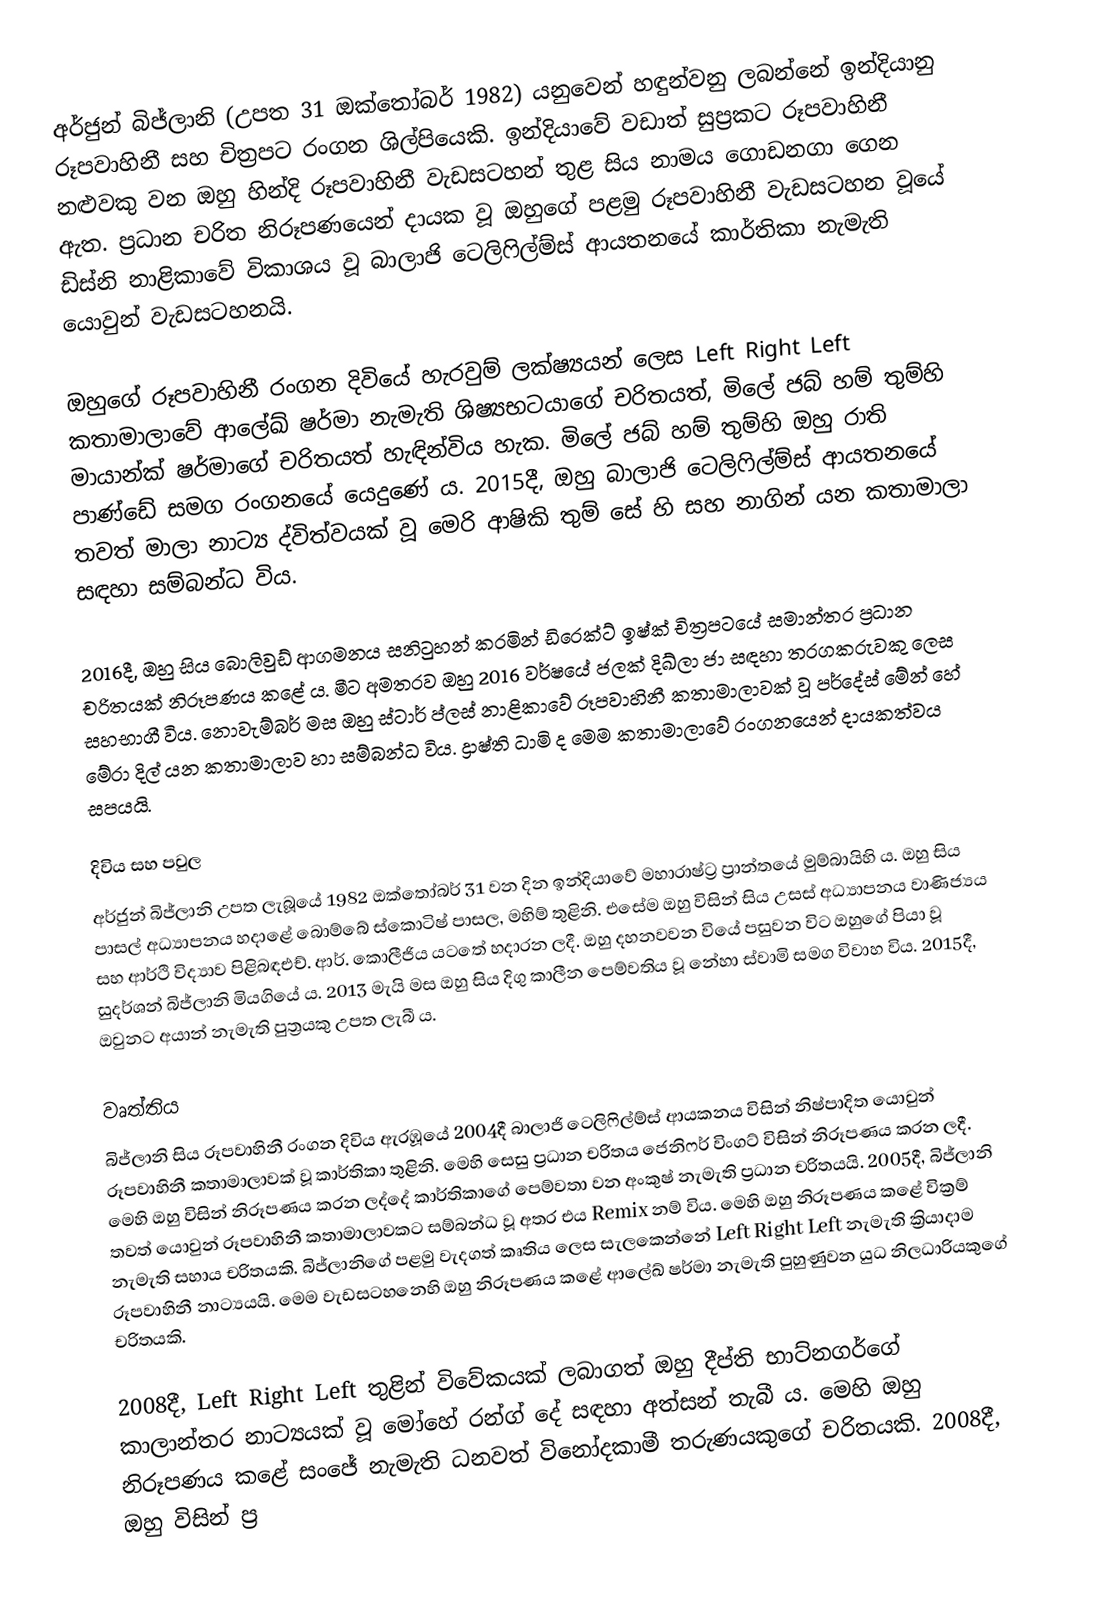
අර්ජුන් බිජ්ලානි (උපත 31 ඔක්තෝබර් 1982) යනුවෙන් හඳුන්වනු ලබන්නේ ඉන්දියානු රූපවාහිනී සහ චිත්‍රපට රංගන ශිල්පියෙකි. ඉන්දියාවේ වඩාත් සුප්‍රකට රූපවාහිනී නළුවකු වන ඔහු හින්දි රූපවාහිනී වැඩසටහන් තුළ සිය නාමය ගොඩනගා ගෙන ඇත. ප්‍රධාන චරිත නිරූපණයෙන් දායක වූ ඔහුගේ පළමු රූපවාහිනී වැඩසටහන වූයේ ඩිස්නි නාළිකාවේ විකාශය වූ බාලාජි ටෙලිෆිල්ම්ස් ආයතනයේ කාර්තිකා නැමැති යොවුන් වැඩසටහනයි.

ඔහුගේ රූපවාහිනී රංගන දිවියේ හැරවුම් ලක්ෂ්‍යයන් ලෙස Left Right Left කතාමාලාවේ ආලේඛ් ෂර්මා නැමැති ශිෂ්‍යභටයාගේ චරිතයත්, මිලේ ජබ් හම් තුම්හි මායාන්ක් ෂර්මාගේ චරිතයත් හැඳින්විය හැක. මිලේ ජබ් හම් තුම්හි ඔහු රාති පාණ්ඩේ සමග රංගනයේ යෙදුණේ ය. 2015දී, ඔහු බාලාජි ටෙලිෆිල්ම්ස් ආයතනයේ තවත් මාලා නාට්‍ය ද්විත්වයක් වූ මෙරි ආෂිකි තුම් සේ හි සහ නාගින් යන කතාමාලා සඳහා සම්බන්ධ විය.

2016දී, ඔහු සිය බොලිවුඩ් ආගමනය සනිටුහන් කරමින් ඩිරෙක්ට් ඉෂ්ක් චිත්‍රපටයේ සමාන්තර ප්‍රධාන චරිතයක් නිරූපණය කළේ ය. මීට අමතරව ඔහු 2016 වර්ෂයේ ජලක් දිඛ්ලා ජා සඳහා තරගකරුවකු ලෙස සහභාගී විය. නොවැම්බර් මස ඔහු ස්ටාර් ප්ලස් නාළිකාවේ රූපවාහිනී කතාමාලාවක් වූ පර්දේස් මේන් හේ මේරා දිල් යන කතාමාලාව හා සම්බන්ධ විය. ද්‍රාෂ්ති ධාමි ද මෙම කතාමාලාවේ රංගනයෙන් දායකත්වය සපයයි.

දිවිය සහ පවුල
අර්ජුන් බිජ්ලානි උපත ලැබූයේ 1982 ඔක්තෝබර් 31 වන දින ඉන්දියාවේ මහාරාෂ්ට්‍ර ප්‍රාන්තයේ මුම්බායිහි ය. ඔහු සිය පාසල් අධ්‍යාපනය හදාළේ බොම්බේ ‍ස්කොටිෂ් පාසල, මහිම් තුළිනි. එසේම ඔහු විසින් සිය උසස් අධ්‍යාපනය වාණිජ්‍යය සහ ආර්ථි විද්‍යාව පිළිබඳඑච්. ආර්. කොලීජිය යටතේ හදාරන ලදී. ඔහු දහනවවන වියේ පසුවන විට ඔහුගේ පියා වූ සුදර්ශන් බිජ්ලානි මියගියේ ය. 2013 මැයි මස ඔහු සිය දිගු කාලීන පෙම්වතිය වූ නේහා ස්වාමි සමග විවාහ විය. 2015දී, ඔවුනට අයාන් නැමැති පුත්‍රයකු උපත ලැබී ය.

වෘත්තිය
බිජ්ලානි සිය රූපවාහිනී රංගන දිවිය ඇරඹූයේ 2004දී බාලාජි ටෙලිෆිල්ම්ස් ආයකනය විසින් නිෂ්පාදිත යොවුන් රූපවාහිනී කතාමාලාවක් වූ කාර්තිකා තුළිනි. මෙහි සෙසු ප්‍රධාන චරිතය ජෙනිෆර් විංගට් විසින් නිරූපණය කරන ලදී. මෙහි ඔහු විසින් නිරූපණය කරන ලද්දේ කාර්තිකාගේ පෙම්වතා වන අංකුෂ් නැමැති ප්‍රධාන චරිතයයි.  2005දී, බිජ්ලානි තවත් යොවුන් රූපවාහිනී කතාමාලාවකට සම්බන්ධ වූ අතර එය Remix නම් විය. මෙහි ඔහු නිරූපණය කළේ වික්‍රම් නැමැති සහාය චරිතයකි. බිජ්ලානිගේ පළමු වැදගත් කෘතිය ලෙස සැලකෙන්නේ Left Right Left නැමැති ක්‍රියාදාම රූපවාහිනී නාට්‍යයයි. මෙම වැඩසටහනෙහි ඔහු නිරූපණය කළේ ආලේඛ් ෂර්මා නැමැති පුහුණුවන යුධ නිලධාරියකුගේ චරිතයකි.

2008දී, Left Right Left තුළින් විවේකයක් ලබාගත් ඔහු දීප්ති භාට්නගර්ගේ කාලාන්තර නාට්‍යයක් වූ මෝහේ රන්ග් දේ සඳහා අත්සන් තැබී ය. මෙහි ඔහු නිරූපණය කළේ සංජේ නැමැති ධනවත් විනෝදකාමී තරුණයකුගේ චරිතයකි. 2008දී, ඔහු විසින් ප්‍ර